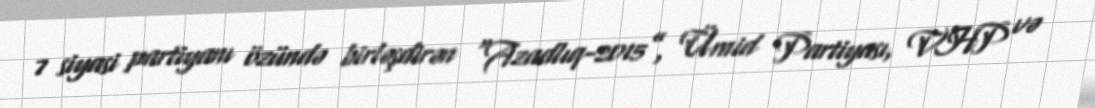
7 siyasi partiyanı özündə birləşdirən “Azadlıq-2015”, Ümid Partiyası, VHP və